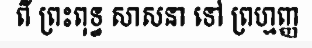
ពី ព្រះពុទ្ធ សាសនា ទៅ ព្រហ្មញ្ញ